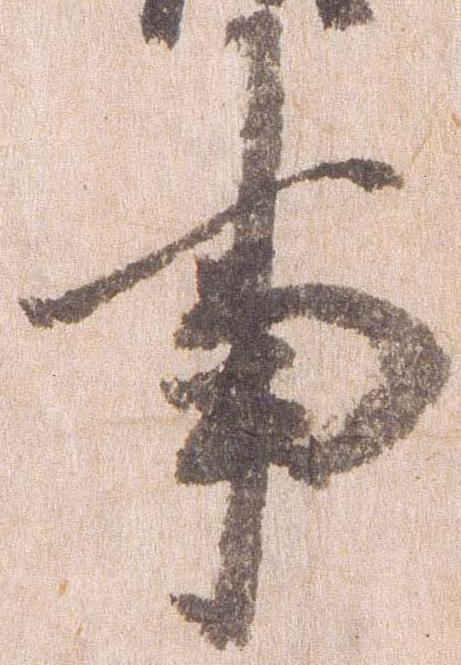
事